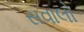
સવાલો